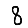
Digit: 8